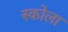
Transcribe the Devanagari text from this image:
स्कोला